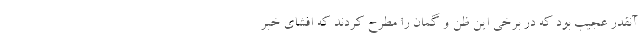
آنقدر عجیب بود كه در برخی این ظن و گمان را مطرح كردند كه افشای خبر